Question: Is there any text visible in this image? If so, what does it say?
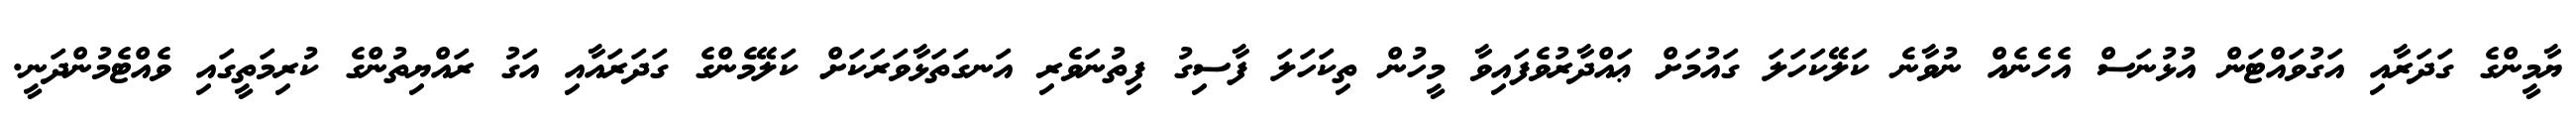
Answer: ޔާމީންގެ ގަދަރާއި އަގުވައްޓަން އުޅުނަސް އެހެނެއް ނުވާނެ ކަލޭކަހަލަ ގައުމަށް ޢައްދާރުވެފައިވާ މީހުން ތިކަހަލަ ފާސިގު ފިތުނަވެރި އަނގަތަޅާވަރަކަށް ކަލޭމެންގެ ގަދަރައާއި އަގު ރައްޔިތުންގެ ކުރިމަތީގައި ވެއްޓެމުންދަނީ.